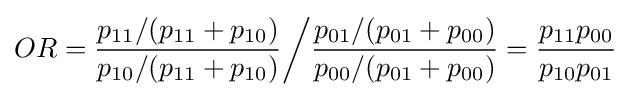
OR={\dfrac {p_{11}/(p_{11}+p_{10})}{p_{10}/(p_{11}+p_{10})}}{\bigg /}{\dfrac {p_{01}/(p_{01}+p_{00})}{p_{00}/(p_{01}+p_{00})}}={\frac {p_{11}p_{00}}{p_{10}p_{01}}}